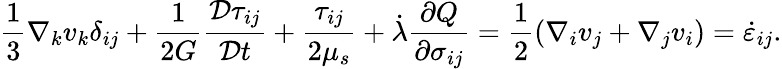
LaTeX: \frac{1}{3}\nabla_{k}v_{k}\delta_{ij}+\frac{1}{2G}\frac{\mathcal{D}\tau_{ij}}{\mathcal{D}t}+\frac{\tau_{ij}}{2\mu_{s}}+\dot{\lambda}\frac{\partial Q}{\partial\sigma_{ij}}=\frac{1}{2}\left(\nabla_{i}v_{j}+\nabla_{j}v_{i}\right)=\dot{\varepsilon}_{ij}.